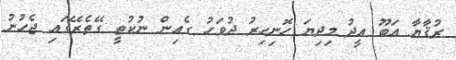
ރުޤާޔާ އަބޫ އީދު މިދިޔަ ހޮނިހިރު ދުވަހު ގެއިން ނުކުތީ ގޭތެރޭގައި ޖެހުނު